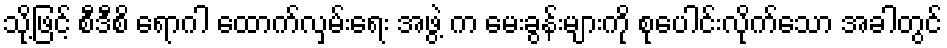
သို့ဖြင့် စီဒီစိ ရောဂါ ထောက်လှမ်းရေး အဖွဲ့ က မေးခွန်းများကို စုပေါင်းလိုက်သော အခါတွင်